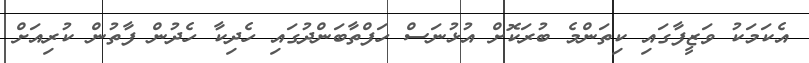
އެކަމަކު ވަޒީފާގައި ކިތަންމެ ބުރަކޮށް އުޅުނަސް ހަފްތާބަންދުގައި ހެދިކާ ހެދުން ފާތުން ކުރިއަށް